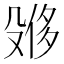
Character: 𪵌